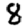
Digit: 8